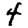
Digit: 4